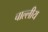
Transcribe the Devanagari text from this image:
चाल्लीय